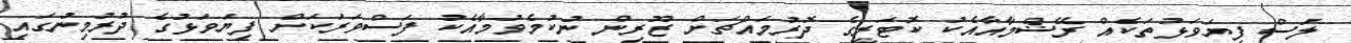
ލަސް ފިޔަވަޅުތަކެއް ރޭޝްމާއާއެކު ކޮޓަރީގެ ދޮރުމައްޗަށް ޒޫރިން ނުކުމެވުމާއެކު ފަސްވަރަކަށް ފިޔަވަޅުގެ ދުރުމިނުގައި